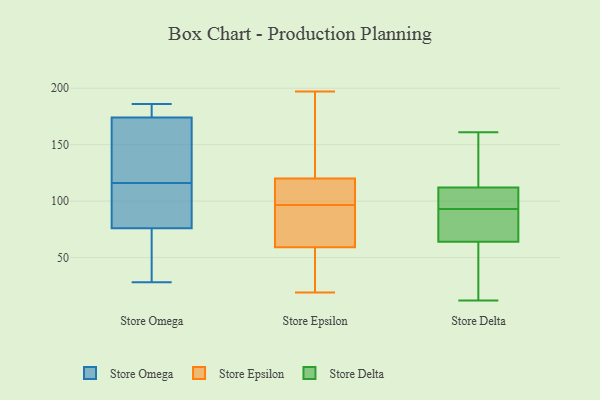
{"axis": {"x": "Bounce Rate (%)", "y": "Value"}, "legend": ["Store Delta", "Store Epsilon", "Store Omega"], "data": [{"x": "", "y": 102, "type": "Store Omega"}, {"x": "", "y": 106, "type": "Store Omega"}, {"x": "", "y": 76, "type": "Store Omega"}, {"x": "", "y": 167, "type": "Store Omega"}, {"x": "", "y": 185, "type": "Store Omega"}, {"x": "", "y": 163, "type": "Store Omega"}, {"x": "", "y": 29, "type": "Store Omega"}, {"x": "", "y": 51, "type": "Store Omega"}, {"x": "", "y": 177, "type": "Store Omega"}, {"x": "", "y": 100, "type": "Store Omega"}, {"x": "", "y": 182, "type": "Store Omega"}, {"x": "", "y": 126, "type": "Store Omega"}, {"x": "", "y": 28, "type": "Store Omega"}, {"x": "", "y": 174, "type": "Store Omega"}, {"x": "", "y": 34, "type": "Store Omega"}, {"x": "", "y": 76, "type": "Store Omega"}, {"x": "", "y": 186, "type": "Store Omega"}, {"x": "", "y": 154, "type": "Store Omega"}, {"x": "", "y": 120, "type": "Store Epsilon"}, {"x": "", "y": 33, "type": "Store Epsilon"}, {"x": "", "y": 31, "type": "Store Epsilon"}, {"x": "", "y": 66, "type": "Store Epsilon"}, {"x": "", "y": 59, "type": "Store Epsilon"}, {"x": "", "y": 155, "type": "Store Epsilon"}, {"x": "", "y": 117, "type": "Store Epsilon"}, {"x": "", "y": 197, "type": "Store Epsilon"}, {"x": "", "y": 174, "type": "Store Epsilon"}, {"x": "", "y": 29, "type": "Store Epsilon"}, {"x": "", "y": 61, "type": "Store Epsilon"}, {"x": "", "y": 119, "type": "Store Epsilon"}, {"x": "", "y": 108, "type": "Store Epsilon"}, {"x": "", "y": 142, "type": "Store Epsilon"}, {"x": "", "y": 85, "type": "Store Epsilon"}, {"x": "", "y": 19, "type": "Store Epsilon"}, {"x": "", "y": 111, "type": "Store Epsilon"}, {"x": "", "y": 79, "type": "Store Epsilon"}, {"x": "", "y": 115, "type": "Store Delta"}, {"x": "", "y": 161, "type": "Store Delta"}, {"x": "", "y": 47, "type": "Store Delta"}, {"x": "", "y": 93, "type": "Store Delta"}, {"x": "", "y": 144, "type": "Store Delta"}, {"x": "", "y": 92, "type": "Store Delta"}, {"x": "", "y": 146, "type": "Store Delta"}, {"x": "", "y": 12, "type": "Store Delta"}, {"x": "", "y": 20, "type": "Store Delta"}, {"x": "", "y": 109, "type": "Store Delta"}, {"x": "", "y": 84, "type": "Store Delta"}, {"x": "", "y": 81, "type": "Store Delta"}, {"x": "", "y": 100, "type": "Store Delta"}, {"x": "", "y": 95, "type": "Store Delta"}, {"x": "", "y": 33, "type": "Store Delta"}, {"x": "", "y": 93, "type": "Store Delta"}]}